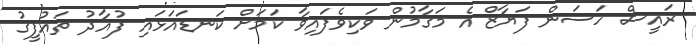
ރައީސް ހަސަން ފަޔާޒް އެ މަގާމުން ވަކިވެފައިވާ ކަމަށް ކަނޑައަޅައި ފުއާދު ތައުފީގު